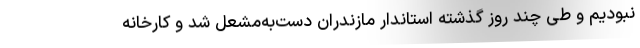
نبودیم و طی چند روز گذشته استاندار مازندران دست‌به‌مشعل شد و کارخانه